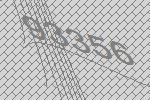
93356